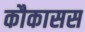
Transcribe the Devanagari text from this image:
कौकासस